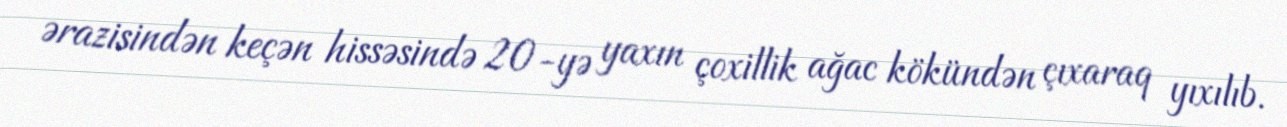
ərazisindən keçən hissəsində 20-yə yaxın çoxillik ağac kökündən çıxaraq yıxılıb.